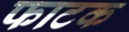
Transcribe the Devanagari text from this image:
फाटक